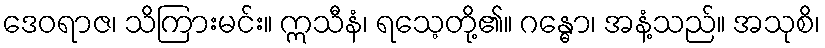
ဒေဝရာဇ၊ သိကြားမင်း။ ဣသီနံ၊ ရသေ့တို့၏။ ဂန္ဓော၊ အနံ့သည်။ အသုစိ၊